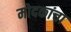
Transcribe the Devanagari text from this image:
मोदकांचा